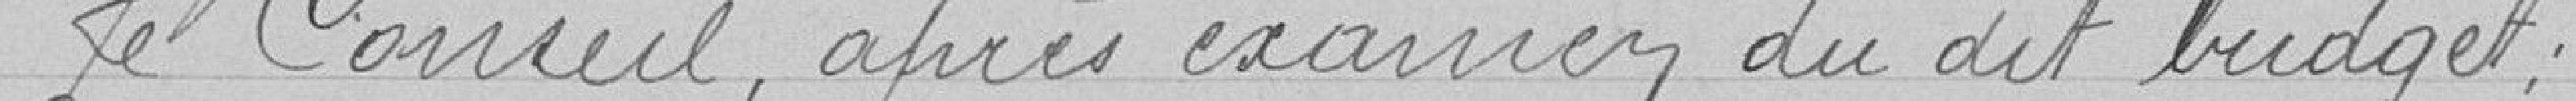
Le Conseil, après examen du dit budget